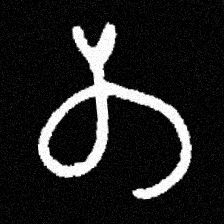
Pyu character \u2014 Myanmar letter: တ (romanized: ta)